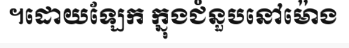
។ដោយឡែក ក្នុងជំនួបនៅម៉ោង